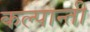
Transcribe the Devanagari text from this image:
कल्पान्ती